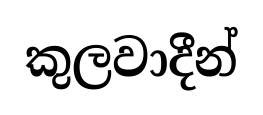
කුලවාදීන්